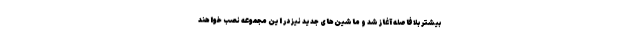
بیشتر بلافاصله آغاز شد و ماشین‌های جدید نیز در این مجموعه نصب خواهند